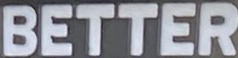
BETTER